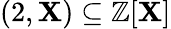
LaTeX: (2,\mathbf{X})\subseteq\mathbb{{Z}}[\mathbf{X}]